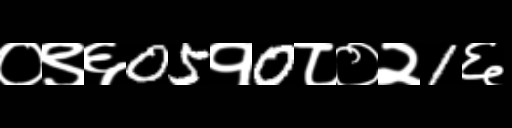
Text: ०९६05१0८०२1६